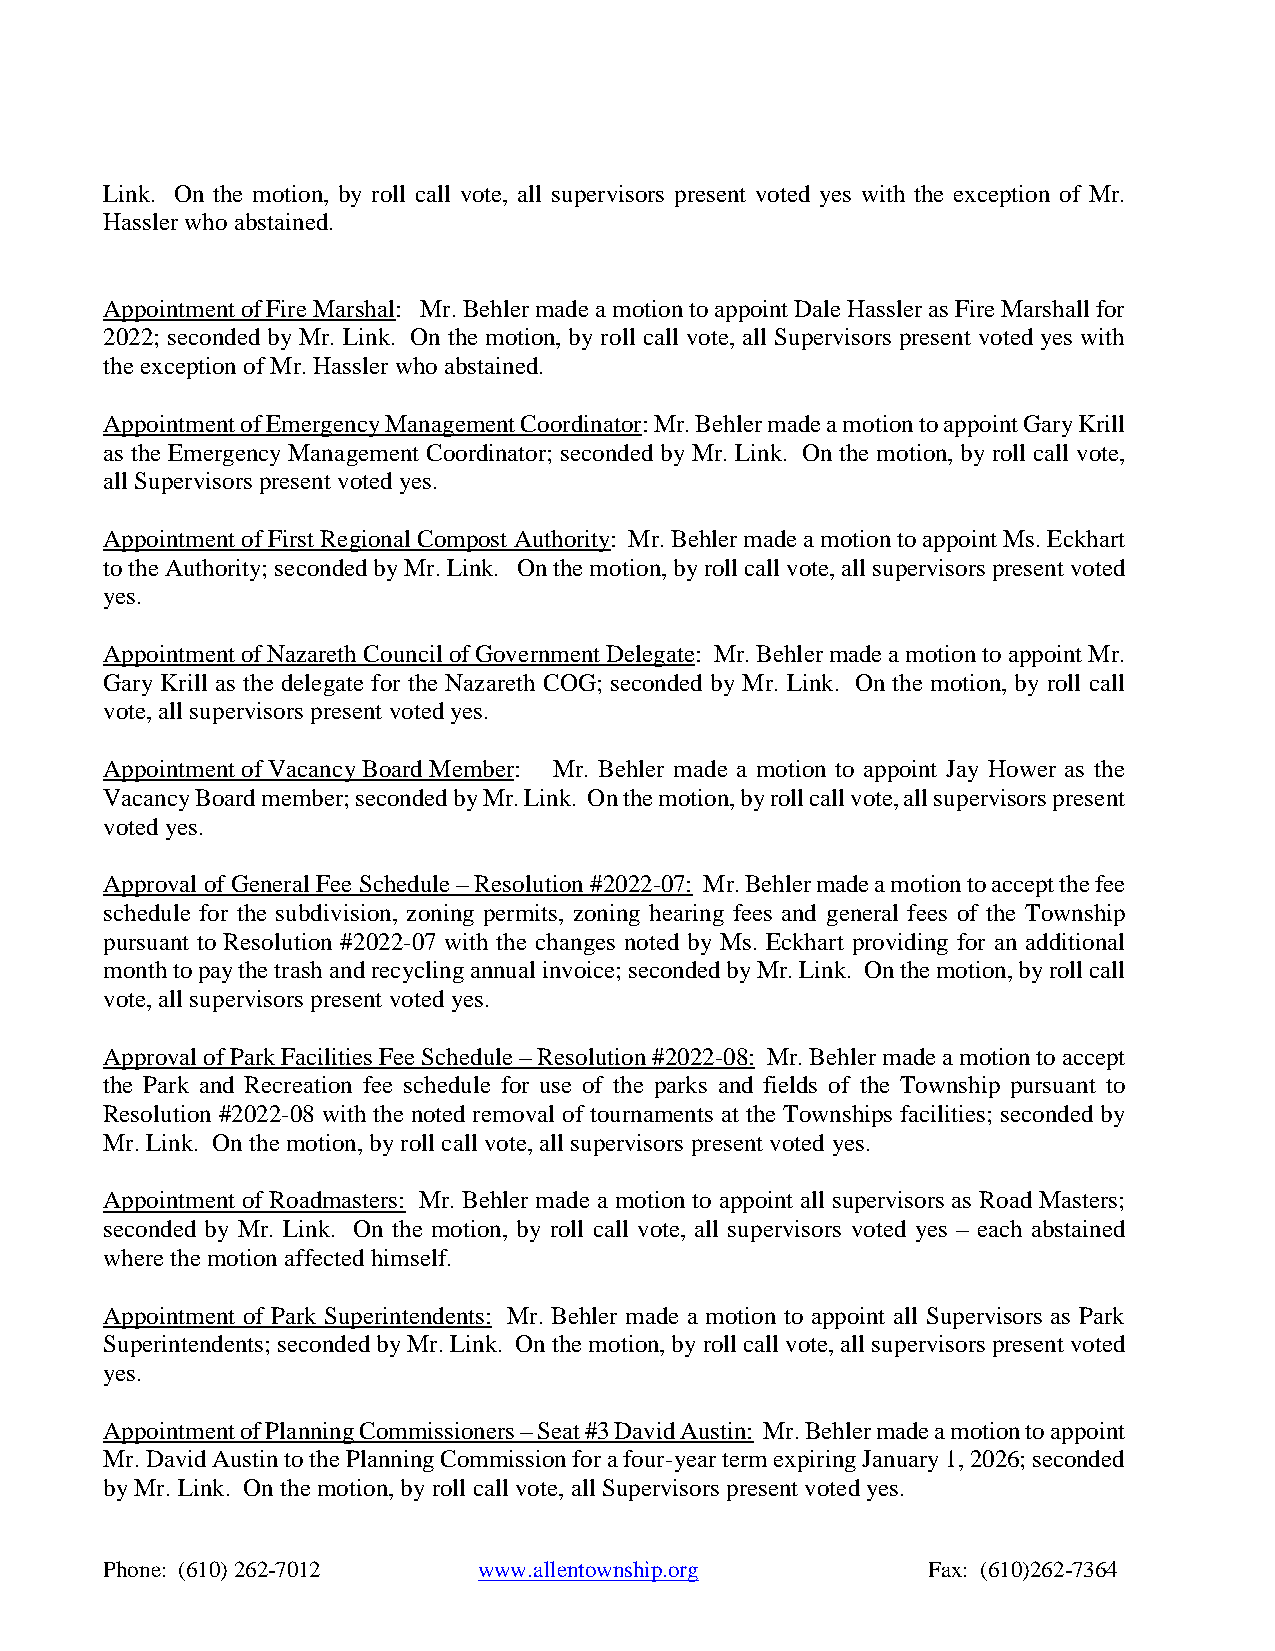
Link. On the motion, by roll call vote, all supervisors present voted yes with the exception of Mr.
 Hassler who abstained.
 Appointment of Fire Marshal: Mr. Behler made a motion to appoint Dale Hassler as Fire Marshall for
 2022; seconded by Mr. Link. On the motion, by roll call vote, all Supervisors present voted yes with
 the exception of Mr. Hassler who abstained.
 Appointment of Emergency Management Coordinator: Mr. Behler made a motion to appoint Gary Krill
 as the Emergency Management Coordinator; seconded by Mr. Link. On the motion, by roll call vote,
 all Supervisors present voted yes.
 Appointment of First Regional Compost Authority: Mr. Behler made a motion to appoint Ms. Eckhart
 to the Authority; seconded by Mr. Link. On the motion, by roll call vote, all supervisors present voted
 yes.
 Appointment of Nazareth Council of Government Delegate: Mr. Behler made a motion to appoint Mr.
 Gary Krill as the delegate for the Nazareth COG; seconded by Mr. Link. On the motion, by roll call
 vote, all supervisors present voted yes.
 Appointment of Vacancy Board Member: Mr. Behler made a motion to appoint Jay Hower as the
 Vacancy Board member; seconded by Mr. Link. On the motion, by roll call vote, all supervisors present
 voted yes.
 Approval of General Fee Schedule – Resolution #2022-07: Mr. Behler made a motion to accept the fee
 schedule for the subdivision, zoning permits, zoning hearing fees and general fees of the Township
 pursuant to Resolution #2022-07 with the changes noted by Ms. Eckhart providing for an additional
 month to pay the trash and recycling annual invoice; seconded by Mr. Link. On the motion, by roll call
 vote, all supervisors present voted yes.
 Approval of Park Facilities Fee Schedule – Resolution #2022-08: Mr. Behler made a motion to accept
 the Park and Recreation fee schedule for use of the parks and fields of the Township pursuant to
 Resolution #2022-08 with the noted removal of tournaments at the Townships facilities; seconded by
 Mr. Link. On the motion, by roll call vote, all supervisors present voted yes.
 Appointment of Roadmasters: Mr. Behler made a motion to appoint all supervisors as Road Masters;
 seconded by Mr. Link. On the motion, by roll call vote, all supervisors voted yes – each abstained
 where the motion affected himself.
 Appointment of Park Superintendents: Mr. Behler made a motion to appoint all Supervisors as Park
 Superintendents; seconded by Mr. Link. On the motion, by roll call vote, all supervisors present voted
 yes.
 Appointment of Planning Commissioners – Seat #3 David Austin: Mr. Behler made a motion to appoint
 Mr. David Austin to the Planning Commission for a four-year term expiring January 1, 2026; seconded
 by Mr. Link. On the motion, by roll call vote, all Supervisors present voted yes.
 Phone: (610) 262-7012    www.allentownship.org        Fax: (610)262-7364